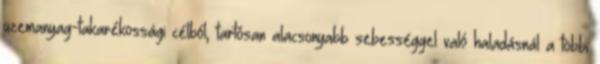
üzemanyag-takarékossági célból, tartósan alacsonyabb sebességgel való haladásnál a többi